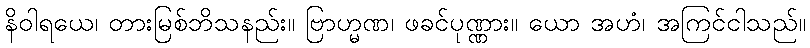
နိဝါရယေ၊ တားမြစ်ဘိသနည်း။ ဗြာဟ္မဏ၊ ဖခင်ပုဏ္ဏား။ ယော အဟံ၊ အကြင်ငါသည်။